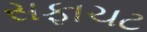
સફાચટ